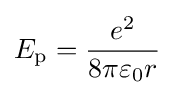
E_{\text{p}}={\frac {e^{2}}{8\pi \varepsilon _{0}r}}